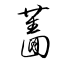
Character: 薔